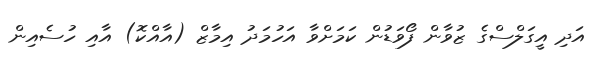
އަދި އީގަލްސްގެ ޒުވާން ފޯވަޑުން ކަމަށްވާ އަހުމަދު އިމާޒް (އާއްކޮ) އާއި ހުސެއިން